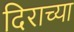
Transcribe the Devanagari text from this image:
दिराच्या